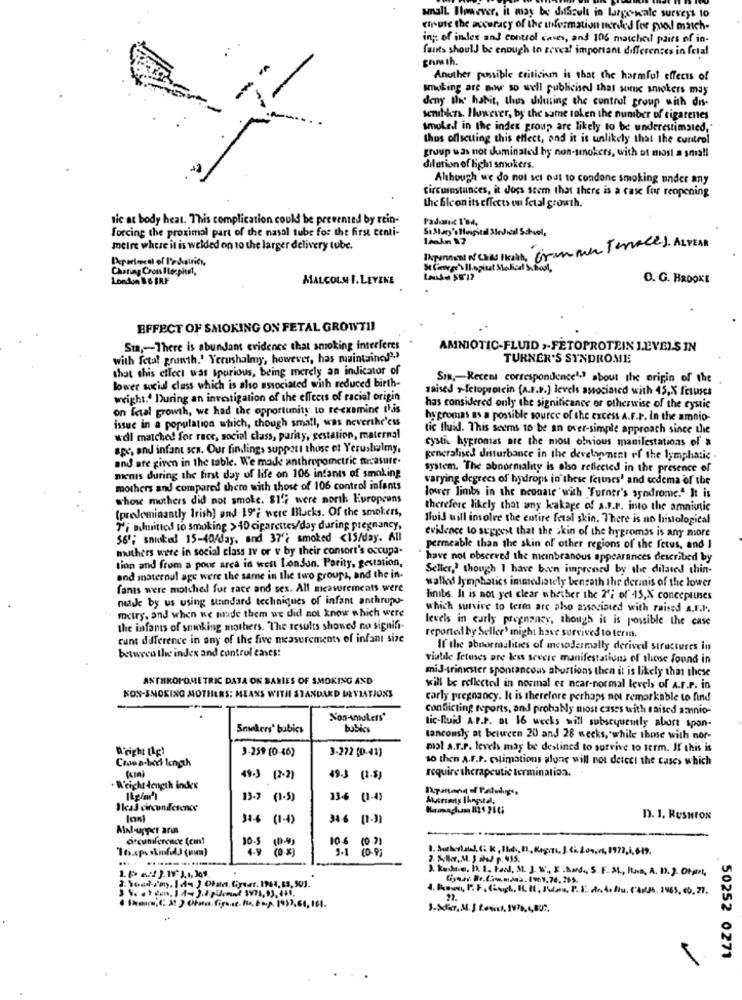
anall. However, it may be difficult in large wale surveys to
chute the accuracy of the information microled for puol match-
inc. of inles and control caves, and 106 matched pairs of in-
fants should be enough to reveal important differences in fetal
Another possible criticiun is that the harmful effects of
smoking are my so well publicised that some smokers mas
deny the habit, thus diluting the control group with dis-
semibkrs. However, by the same token the number of cigarenes
smokeil in the index group are likely to be underestimated,"
thus officuting this effect, and it is unlikely that the control
group was not duminated by non-smokers, with ot most a small
dilution of light smokers.
Although we do not set out to condone smoking under any
Circumstances, it does seem that there is a case for reopening
the file on its effects on fetal growth.
nic at body heat. This complication could be prevented by rein-
forcing the proximal part of the nasal tube for the first centi-
St.Mary'sHospital Medical School,
meire where it is welded on to the larger delivery tube.
INpanost N Cias Ikach, Grammer Terraces ALVEAR
Charing Cross Hozpitt,
Se CareersIl.spinat Medical School,
London B & BKF
MALCOLM I. LEYENE
O. G. BROOKE
EFFECT OF SMOKING ON FETAL GROWTI!
Sun ,- There is abundant evidence that smoking interferes
AMNIOTIC-FLUID ,- FETOPROTEIN LEVELS IN
with fetal growth.' Yerushalmy, however, has maintaina"".
TURNER'S SYNDROME
that this cilect was Ipurious, being merely an indicator of
Sim ,- Recent correspondence's? about the origin of the
lower social class which is also associated with reduced birth-
saised +-fetoprotein (A.F.P.) levels associated with 45,X fetuses
weight .. During an investigation of the effects of racial origin
on fetal growth, we had the opportunity to reexamine this
has considered only the significance or otherwise of the cystic
issue in a population which, though small, was neverthe'css
hygromas as a possible source of the excess A.F.r. In the amnio-
tic fluid. This seems to be an over-simple approach since the
wdl matche! for race, social class, pariay, gestation, maternal
cystis hypromas are the most obvious manifestations of a
age, and infant sca. Our findings support those et Yerustalmy,
and are given in the table. We made anthropometric measure.
generalised disturbance in the development of the lymphatic .
system. The abnormality is also reflected in the presence of
ments during the first day of life on 106 infants of smoking
varying degrees of hydrops in these fetuses' and codema of the
mothers and compared them with those of 106 control infants
whose mothers did not smoke. SI's were north Europeans
lower limbs in the neonate with Turner's syndrome." It is
(predominantly Irish] and 19'; were Bucks. Of the smokers,
therefere likely that any kakage of a.F.F. into the amniotic
fluid will imolre the entire fetal skin. There is no histological
7'i muhmitted to smoking >40 cigarettes/day during pregnancy,
56'; smoked 15-40/Jay, and 37'; smoked <15/day. All
evidence to suggest that the skin of the hygromas is any more
muthers were in social class iv or v by their consort's occupa-
permeable than the skin of other regions of the fetus, and I
have not observed the meinbranous appearances described by
tion and from a pour area in west London. Parity, gestation,
Seller,' though I have been impressed by the dilated thin-
and maternel age were the same in the two groups, and the in-
fans were motched for race and sex. All measurements were
walled lymphatics immediately beneath the dermis of the lower
made by us using undard techniques of infant anthropo-
linits. It is not yet clear whether the 2'2 of' 15,X conceptuses
metry, and when we made them we did not know which were
which survive to term are also associated with raised a.r.P.
levels in early pregnancy, though it is possible the case
the infants of smoking mothers. The results showed no signifi-
cunt difference in any of the five measurements of infant size
reported by Seller' might have survived to terma.
between the index and control cases:
If the abnormalities of mesodermally derived structures in
viable fetuses are less severe manifestations of those found in
miJ-trinvester spontancoas abortions then it is likely that these
ANTHROPQMETRIC DATA OK SANIES OF SMOKING AND
will be reflected in normal ez near-normal levels of A.r.P. in
KON-SMOKING MOTHERS: MEANS WITH STANDARD DEVIATIONS
carly pregnancy. It is therefore perhaps not remarkable to find
conflicting reports, and probably most cases with raised amnio-
Non-AmuLets'
Smakers' bubics
bubics
tic-fluid A.P.P. at 16 weeks will subsequently abort spon-
tancously at between 20 and 28 weeks, while those with nor-
D'right (1g)
3-259 (0-46)
3-272 (0-41)
mal a.r.P. levels may be destined to survive to term. If this is
Cosep-bod length
so then A.F.P. estimations alone will not deicci the cases which
49.3 (2-2)
49-3 (2.5)
require therapeutic termination.
Weicht length index
Rpmand of Palings.
13.2
(1.5)
lan
(1-4)
346 0.3
D. 1. Resurox
MNl-upper arm
--
10.5 (0-4)
10.5
10-6
(0 %)
3-1
10. 91
J. Rohde. 1. 1. Fall, M. J . F .BIN. S. F. ML, R.s. A. D. 3. 01.
Cynar. Br.Cis.mdas. 1961,76. 265.
( Inanc( A ) Chow. Giro.se. No. Kap. 1937, 61, 161.
50252 0271